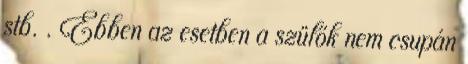
stb. . Ebben az esetben a szülők nem csupán